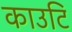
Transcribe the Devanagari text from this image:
काउटि